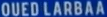
QUEDLARBAA